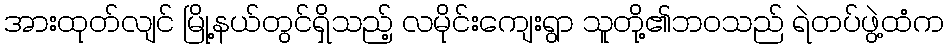
အားထုတ်လျင် မြို့နယ်တွင်ရှိသည့် လမိုင်းကျေးရွာ သူတို့၏ဘဝသည် ရဲတပ်ဖွဲ့ထံက